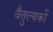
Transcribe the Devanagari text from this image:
वैतुल्यकों